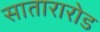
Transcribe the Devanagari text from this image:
सातारारोड